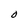
Character: O